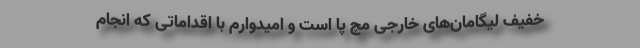
خفیف لیگامان‌های خارجی مچ پا است و امیدوارم با اقداماتی که انجام